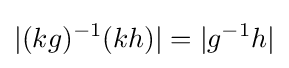
|(kg)^{-1}(kh)|=|g^{-1}h|